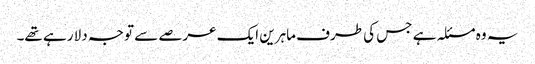
یہ وہ مسئلہ ہے جس کی طرف ماہرین ایک عرصے سے توجہ دلا رہے تھے۔